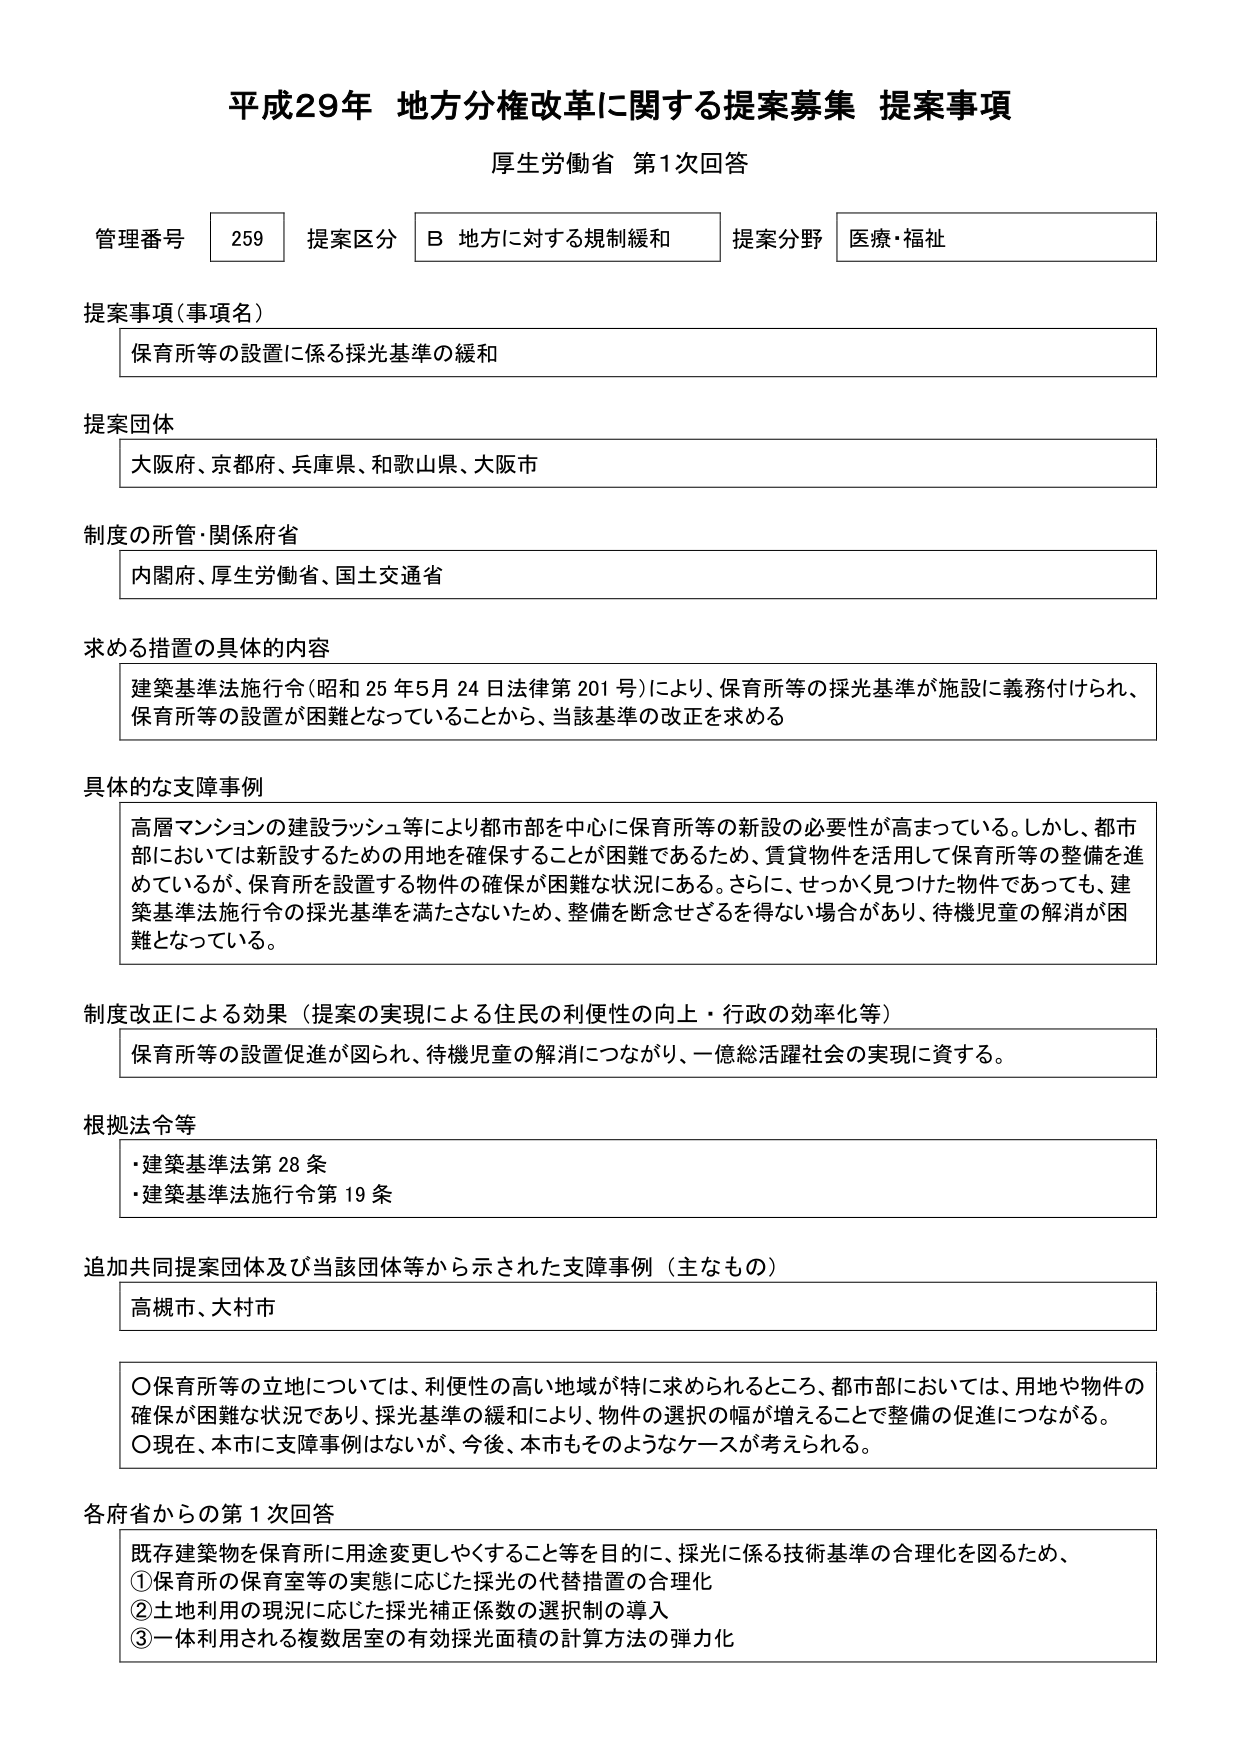
平成29年 地方分権改革に関する提案募集 提案事項
厚生労働省 第1次回答

管理番号 259 提案区分 B 地方に対する規制緩和 提案分野 医療・福祉

提案事項（事項名）
保育所等の設置に係る採光基準の緩和

提案団体
大阪府、京都府、兵庫県、和歌山県、大阪市

制度の所管・関係府省
内閣府、厚生労働省、国土交通省

求める措置の具体的内容
建築基準法施行令（昭和25年5月24日法律第201号）により、保育所等の採光基準が施設に義務付けられ、保育所等の設置が困難となっていることから、当該基準の改正を求める

具体的な支障事例
高層マンションの建設ラッシュ等により都市部を中心に保育所等の新設の必要性が高まっている。しかし、都市部においては新設するための用地を確保することが困難であるため、賃貸物件を活用して保育所等の整備を進めているが、保育所を設置する物件の確保が困難な状況にある。さらに、せっかく見つけた物件であっても、建築基準法施行令の採光基準を満たさないため、整備を断念せざるを得ない場合があり、待機児童の解消が困難となっている。

制度改正による効果（提案の実現による住民の利便性の向上・行政の効率化等）
保育所等の設置促進が図られ、待機児童の解消につながり、一億総活躍社会の実現に資する。

根拠法令等
・建築基準法第28条
・建築基準法施行令第19条

追加共同提案団体及び当該団体等から示された支障事例（主なもの）
高槻市、大村市

〇保育所等の立地については、利便性の高い地域が特に求められるところ、都市部においては、用地や物件の確保が困難な状況であり、採光基準の緩和により、物件の選択の幅が増えることで整備の促進につながる。
〇現在、本市に支障事例はないが、今後、本市もそのようなケースが考えられる。

各府省からの第1次回答
既存建築物を保育所に用途変更しやすくすること等を目的に、採光に係る技術基準の合理化を図るため、
①保育所の保育室等の実態に応じた採光の代替措置の合理化
②土地利用の現況に応じた採光補正係数の選択制の導入
③一体利用される複数居室の有効採光面積の計算方法の弾力化